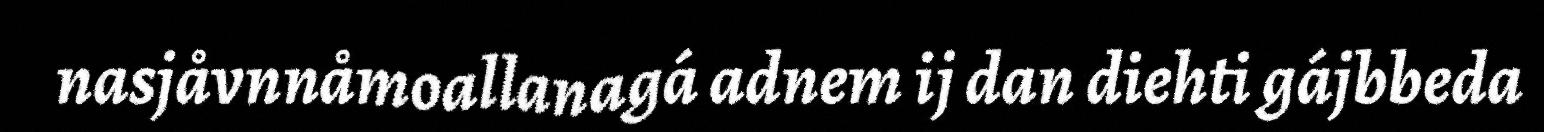
nasjåvnnåmoallanagá adnem ij dan diehti gájbbeda